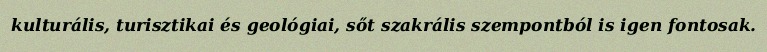
kulturális, turisztikai és geológiai, sőt szakrális szempontból is igen fontosak.